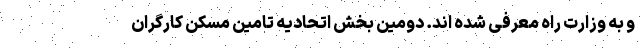
و به وزارت راه معرفی شده اند. دومین بخش اتحادیه تامین مسکن کارگران